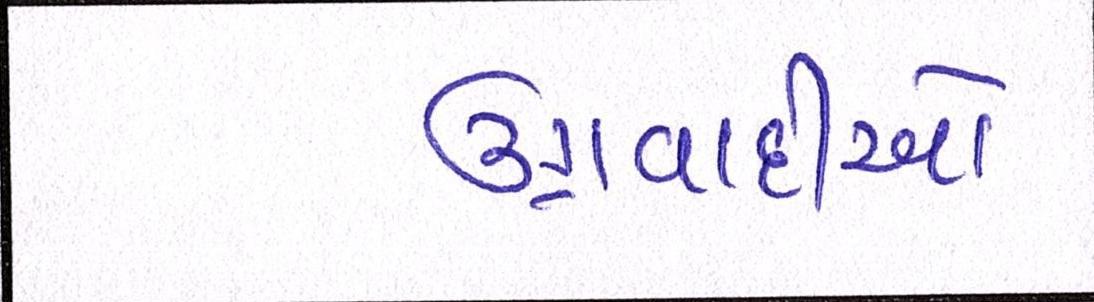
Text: ઉગ્રવાદીઓ